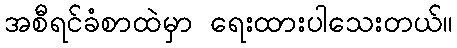
အစီရင်ခံစာထဲမှာ ရေးထားပါသေးတယ်။